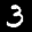
Label: 3